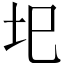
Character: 圯